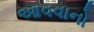
આવવાનો